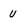
Character: u